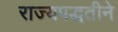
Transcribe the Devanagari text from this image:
राज्यपद्धतीने